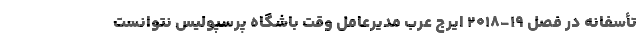
تأسفانه در فصل ۱۹-۲۰۱۸ ایرج عرب مدیرعامل وقت باشگاه پرسپولیس نتوانست